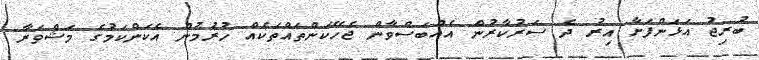
ބުރިޖު އަޅަންފަށާ އިރު ދެ ސަރުކާރުން އެއްބަސްވާން ޖެހޭކަންތައްތަކެއް ހުރުމުން އެކަންކަމުގެ މަޝްވަރާ